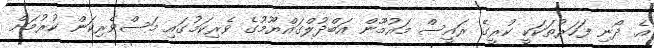
އެ ދޯނި ފަހަރުތަކަކީ ކުރީގެ ރައީސް މައުމޫން އަބްދުލްގައްޔޫމުގެ ވެރިކަމުގައި މަސްވެރިކަން ކުރުމަށް